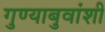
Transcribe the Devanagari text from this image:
गुण्याबुवांशी